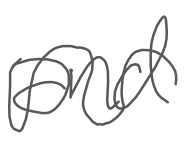
Text: and
Cross-out: wave
Writing tool: digital_gray